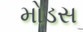
મોડસ